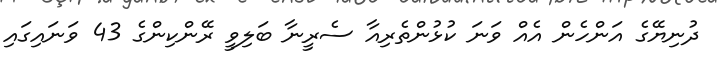
ދުނިޔޭގެ އަންހެން އެއް ވަނަ ކުޅުންތެރިއާ ސެރީނާ ބަލިވީ ރޭންކިންގެ 43 ވަނައިގައި